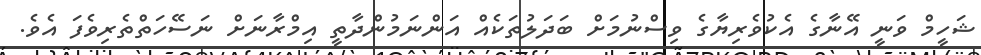
ޝަހީމް ވަނީ އޭނާގެ އެކުވެރިޔާގެ ވިސްނުމަށް ބަދަލުތަކެއް އަންނަމުންދާތީ އިމްރާނަށް ނަސޭހަތްތެރިވެފަ އެވެ.